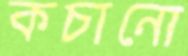
কচানো